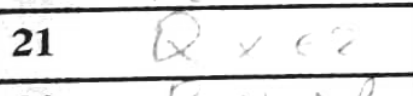
Transcription: Qxe2